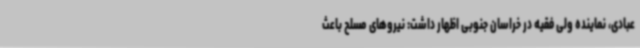
عبادی، نماینده ولی فقیه در خراسان جنوبی اظهار داشت: نیروهای مسلح باعث